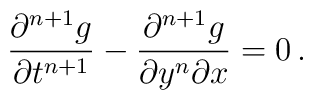
{\partial^{n+1} g \over \partial t^{n+1}} -{\partial^{n+1} g \over \partial y^n \partial x} = 0\,.